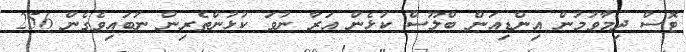
ޓޮސް ދިމާވުމުން އިންޑިއަން ބްލޫސް ކުޅެން އަރާ ނުވަ ކުޅުންތެރިން ނުބައިވެގެން 256